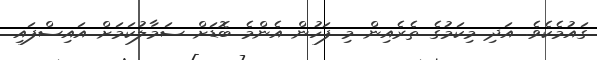
ގައުމެކެވެ. އަދި މިކަމުގެ ތެރެއިން މި ފަހުން އެންމެ ބޮޑަށް ސަމާލުކަމަށް އައިސްފައި